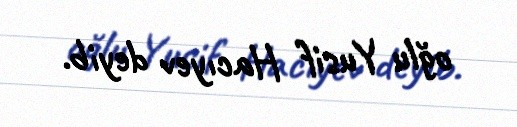
oğlu Yusif Hacıyev deyib.